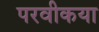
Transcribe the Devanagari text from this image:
परवीकया